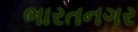
ભારતનગર